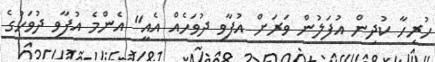
ހުރިހާ ކުދިން އުފަލުން ވަރަށް އުފާވި ދުވަހެއް އެއީ" އެންމެ އުފާވި ދުވަހުގެ